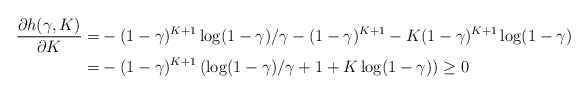
\begin{align*}\frac{\partial h(\gamma, K)}{\partial K} =& -(1-\gamma)^{K+1}\log(1-\gamma)/\gamma - (1-\gamma)^{K+1} - K(1-\gamma)^{K+1} \log(1-\gamma)\\=&-(1-\gamma)^{K+1}\left(\log(1-\gamma)/\gamma +1+K\log(1-\gamma)\right)\geq 0\end{align*}